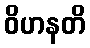
ဝိဟနတိ